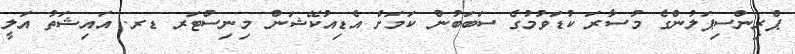
ޕްރިންސިޕަލުންގެ މުސާރަ ކުޑަވުމުގެ ސަބަބުން ކަމަށް އެޑިއުކޭޝަން މިނިސްޓަރ ޑރ. އައިޝަތު އަލީ